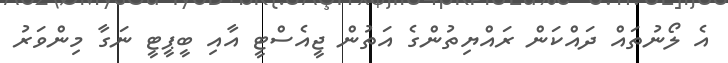
އެ ލޯނުތައް ދައްކަން ރައްޔިތުންގެ އަތުން ޖީއެސްޓީ އާއި ބީޕީޓީ ނަގާ މިންވަރު